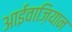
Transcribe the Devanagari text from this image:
आईवाज़ियान